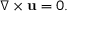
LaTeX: \nabla \times \mathbf { u } = 0 .